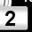
Digit: 2